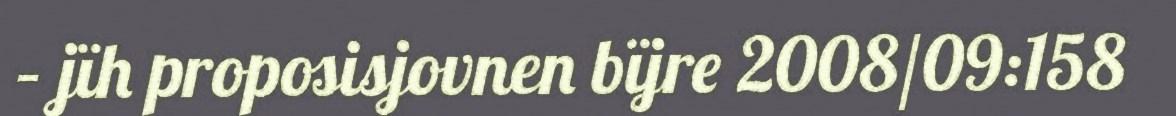
– jïh proposisjovnen bïjre 2008/09:158